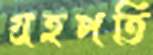
গ্রহপতি